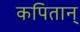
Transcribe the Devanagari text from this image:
कपितान्